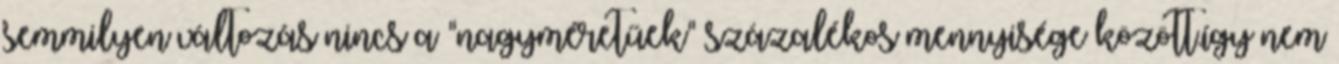
semmilyen változás nincs a "nagyméretűek" százalékos mennyisége között.így nem